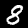
Label: 8